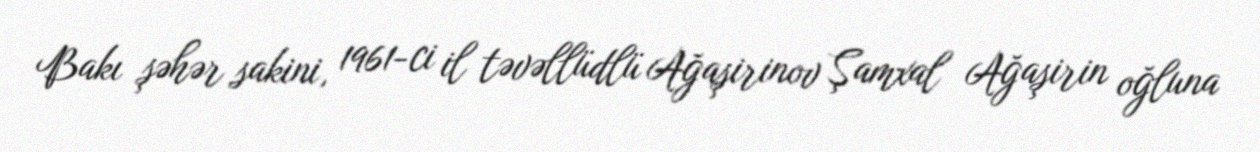
Bakı şəhər sakini, 1961-ci il təvəllüdlü Ağaşirinov Şamxal Ağaşirin oğluna